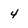
Character: 4